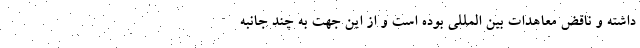
داشته و ناقض معاهدات بین المللی بوده است و از این جهت به چند جانبه